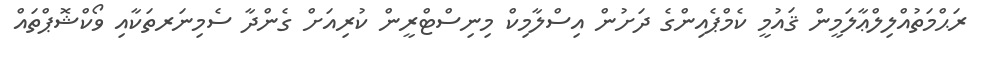
ރަޙްމަތުއްލިލްޢާލަމީން ޤައުމީ ކެމްޕެއިންގެ ދަށުން އިސްލާމިކް މިނިސްޓްރީން ކުރިއަށް ގެންދާ ސެމިނަރތަކާއި ވޯކްޝޮޕްތައް